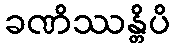
ခဏိဿန္တိပိ